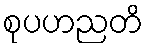
စုပဟညတိ